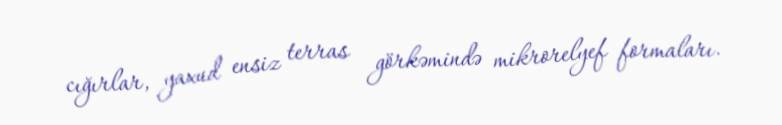
cığırlar, yaxud ensiz terras görkəmində mikrorelyef formaları.